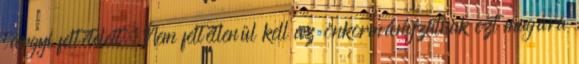
tárgyi feltételeit. Nem feltétlenül kell az önkormányzatnak ezt magára